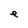
Character: e